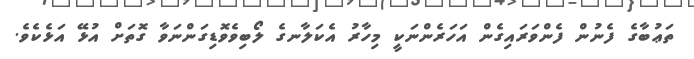
ތަޢުބާގެ ފެނުން ފެންވަރައިގެން އަހަރެންނަކީ މިހާރު އެކަލާނގެ ލޯބިވެވޮޑިގަންނަވާ ގޮތަށް އުޅޭ އަޅެކެވެ.